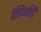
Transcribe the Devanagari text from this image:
वेलिच्चत्तिंटे